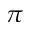
\pi